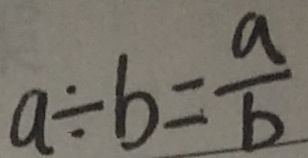
a \div b = \frac { a } { b }